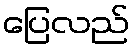
ပြေလည်